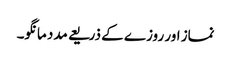
نماز اور روزے کے ذریعے مدد مانگو۔